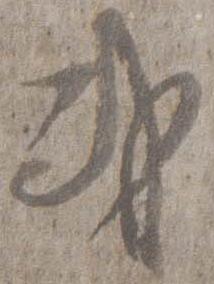
或